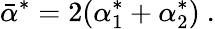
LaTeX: \bar{\alpha}^{*}=2(\alpha_{1}^{*}+\alpha_{2}^{*})~.